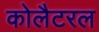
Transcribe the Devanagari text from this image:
कोलैटरल